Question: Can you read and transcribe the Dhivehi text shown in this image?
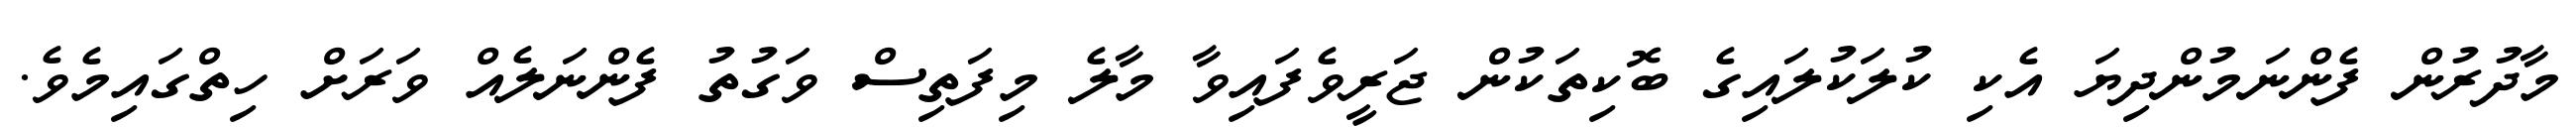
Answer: މާދުރުން ފެންނަމުންދިޔަ އެކި ކުލަކުލައިގެ ބޮކިތަކުން ޖަރީވެފައިވާ މާލެ މިފަތިސް ވަގުތު ފެންނަލެއް ވަރަށް ހިތްގައިމެވެ.